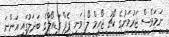
ނަމަވެސް ޖަރުމަނުގެ ކޯޗު ޖޯހިމް ލޯ ވަނީ ޕެޕް ގަޑިއޯލާގެ ބަދަލުގައި އަންނަ